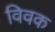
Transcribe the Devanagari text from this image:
विवक